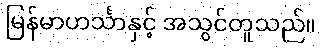
မြန်မာဟင်္သာနှင့် အသွင်တူသည်။